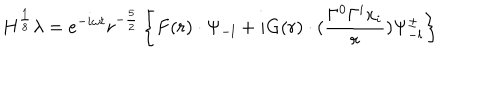
H ^ { \frac { 1 } { 8 } } \lambda = e ^ { - i \omega t } r ^ { - \frac { 5 } { 2 } } \left\{ F ( r ) \cdot \Psi _ { - l } + i G ( r ) \cdot ( \frac { \Gamma ^ { 0 } \Gamma ^ { i } x _ { i } } { r } ) \Psi _ { - l } ^ { \pm } \right\}